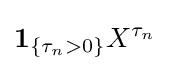
\mathbf {1} _{\{\tau _{n}>0\}}X^{\tau _{n}}